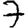
Digit: 7